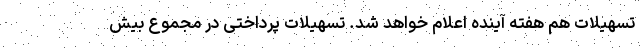
تسهیلات هم هفته آینده اعلام خواهد شد. تسهیلات پرداختی در مجموع بیش